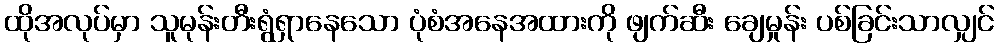
ထိုအလုပ်မှာ သူမုန်းတီးရွံရှာနေသော ပုံစံအနေအထားကို ဖျက်ဆီး ချေမှုန်း ပစ်ခြင်းသာလျှင်